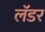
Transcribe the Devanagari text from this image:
लॅडर